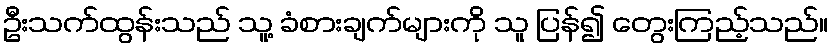
ဦးသက်ထွန်းသည် သူ့ ခံစားချက်များကို သူ ပြန်၍ တွေးကြည့်သည်။